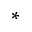
^ \ast